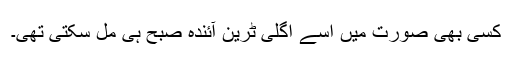
کسی بھی صورت میں اسے اگلی ٹرین آئندہ صبح ہی مل سکتی تھی۔